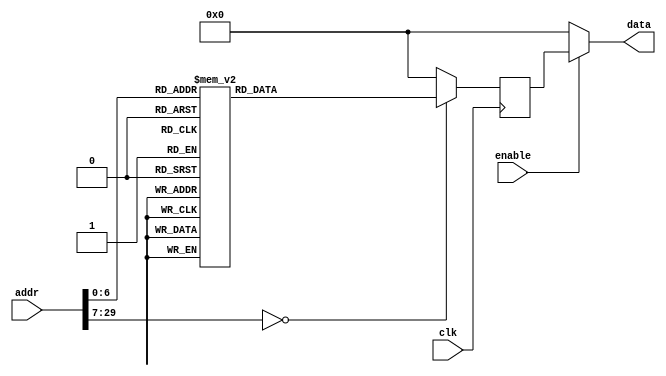
module rom05(input clk, input enable, input [30-1:0] addr, output [32-1:0] data);
    reg [32-1:0] data_reg;
    always @ (posedge clk)
        case(addr)
            30'h0 : data_reg <= 32'h4D525341;
            30'h1 : data_reg <= 32'h9C0D1C28;
            30'h2 : data_reg <= 32'h231D6D8C;
            30'h3 : data_reg <= 32'h1C1D5D8C;
            30'h4 : data_reg <= 32'h280C1B0D;
            30'h5 : data_reg <= 32'h8C9C0D1C;
            30'h6 : data_reg <= 32'h8C231D6D;
            30'h7 : data_reg <= 32'h241D1D5D;
            30'h8 : data_reg <= 32'h0000001C;
            30'h9 : data_reg <= 32'h1E3E3C22;
            30'hA : data_reg <= 32'h00001000;
            30'hB : data_reg <= 32'h3EE53C23;
            30'hC : data_reg <= 32'h1D0B1CD0;
            30'hD : data_reg <= 32'h0D1C110C;
            30'hE : data_reg <= 32'h1C280C1B;
            30'hF : data_reg <= 32'h6D8C9C0D;
            30'h10 : data_reg <= 32'h5D8C231D;
            30'h11 : data_reg <= 32'h1C241D1D;
            30'h12 : data_reg <= 32'h1E3E3C22;
            30'h13 : data_reg <= 32'hABCDEF00;
            30'h14 : data_reg <= 32'h3EE53C23;
            30'h15 : data_reg <= 32'h1D0B1CD0;
            30'h16 : data_reg <= 32'h0D1C120C;
            30'h17 : data_reg <= 32'h1C280C1B;
            30'h18 : data_reg <= 32'h6D8C9C0D;
            30'h19 : data_reg <= 32'h5D8C231D;
            30'h1A : data_reg <= 32'h1C241D1D;
            30'h1B : data_reg <= 32'h1E3E3C22;
            30'h1C : data_reg <= 32'h01020304;
            30'h1D : data_reg <= 32'h3EE53C23;
            30'h1E : data_reg <= 32'h1D0B1CD0;
            30'h1F : data_reg <= 32'h0D1C130C;
            30'h20 : data_reg <= 32'h1C280C1B;
            30'h21 : data_reg <= 32'h6D8C9C0D;
            30'h22 : data_reg <= 32'h5D8C231D;
            30'h23 : data_reg <= 32'h1C241D1D;
            30'h24 : data_reg <= 32'h1E3E3C22;
            30'h25 : data_reg <= 32'h0000012B;
            30'h26 : data_reg <= 32'h3EE53C23;
            30'h27 : data_reg <= 32'h1D0B1CD0;
            30'h28 : data_reg <= 32'h1C24EC0C;
            30'h29 : data_reg <= 32'h221C8C22;
            30'h2A : data_reg <= 32'hC1021D5C;
            30'h2B : data_reg <= 32'h03113124;
            30'h2C : data_reg <= 32'h113124C1;
            30'h2D : data_reg <= 32'h9C0D1C28;
            30'h2E : data_reg <= 32'h221D6D8C;
            30'h2F : data_reg <= 32'h021D5D8C;
            30'h30 : data_reg <= 32'h113122C1;
            30'h31 : data_reg <= 32'h3122C103;
            30'h32 : data_reg <= 32'h0D1C2811;
            30'h33 : data_reg <= 32'h1D6D8C9C;
            30'h34 : data_reg <= 32'h1D5D8C21;
            30'h35 : data_reg <= 32'h3121C12A;
            30'h36 : data_reg <= 32'h21C12B11;
            30'h37 : data_reg <= 32'hC12C1131;
            30'h38 : data_reg <= 32'h2D113121;
            30'h39 : data_reg <= 32'h113121C1;
            30'h3A : data_reg <= 32'h9C0D1C28;
            30'h3B : data_reg <= 32'h231D6D8C;
            30'h3C : data_reg <= 32'h1C1D5D8C;
            30'h3D : data_reg <= 32'h280C1B0D;
            30'h3E : data_reg <= 32'h8C9C0D1C;
            30'h3F : data_reg <= 32'h8C231D6D;
            30'h40 : data_reg <= 32'h241D1D5D;
            30'h41 : data_reg <= 32'h0000001C;
            30'h42 : data_reg <= 32'h1E3E3C22;
            30'h43 : data_reg <= 32'h00001000;
            30'h44 : data_reg <= 32'h3EE53C23;
            30'h45 : data_reg <= 32'h1D0B1CD0;
            30'h46 : data_reg <= 32'hE9D1110C;
            30'h47 : data_reg <= 32'hD1113124;
            30'h48 : data_reg <= 32'h113124E9;
            30'h49 : data_reg <= 32'h3124E9D1;
            30'h4A : data_reg <= 32'hE8E9D111;
            default : data_reg <= 0;
        endcase
    assign data = ( enable ? data_reg : 0 );
endmodule